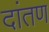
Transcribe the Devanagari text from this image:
दांतण